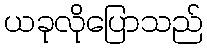
ယခုလိုပြောသည်